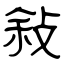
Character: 敍